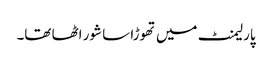
پارلیمنٹ میں تھوڑا سا شور اٹھا تھا۔